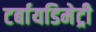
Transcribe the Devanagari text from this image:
टर्बायडिमेट्री